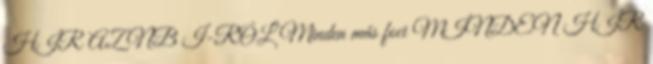
HÍR AZ NB I-RŐL Minden más foci MINDEN HÍR